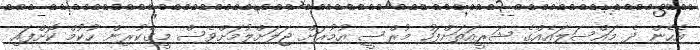
އެހެން ދެ މައްސަލައެއްގެ ޝަރީއަތަށްފަހު މުރްސީ އުމުރަށް ޖަލަށްލުމަށްވެސް މީގެކުރިން ހުކުމް ކޮށްފައި